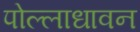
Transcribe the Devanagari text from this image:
पोल्लाधावन